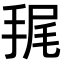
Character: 𢭶